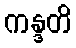
ကန္ဒတိ